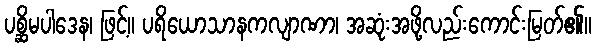
ပစ္ဆိမပါဒေန၊ ဖြင့်။ ပရိယောသာနကလျာဏာ၊ အဆုံးအဖို့လည်းကောင်းမြတ်၏။